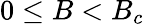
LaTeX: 0\le B<B_{c}